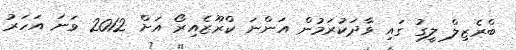
ބްރެޒިލް ލީގު ގައި ވާދަކުރަމުން އަންނަ ކްރޫޒެއިރޯ އަށް 2012 ވަނަ އަހަރު